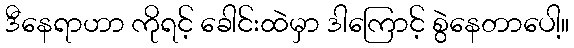
ဒီနေရာဟာ ကိုရင့် ခေါင်းထဲမှာ ဒါကြောင့် စွဲနေတာပေါ့။